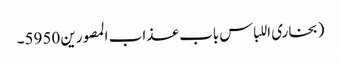
(بخاری اللباس باب عذاب المصورین 5950۔